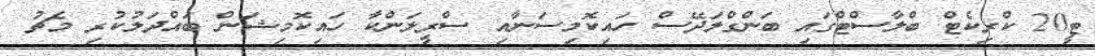
ޓީ20 ކްރިކެޓް ބްލާސްޓްގައި ބަންގްލަދޭސް ހައިކޮމިސަނާއި ސްރީލަންކާ ހައިކޮމިޝަން ބައްދަލުކުރި މެޗު